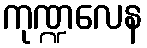
ကုဏ္ဍလေန